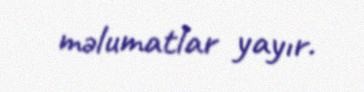
məlumatlar yayır.